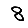
Digit: 8